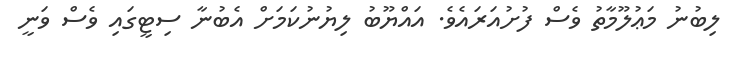
ލިބުނު މަޢުލޫމާތު ވެސް ފުށުއަރައެވެ. އައްޔޫބު ލިޔުނުކަމަށް އެބުނާ ސިޓީގައި ވެސް ވަނީ